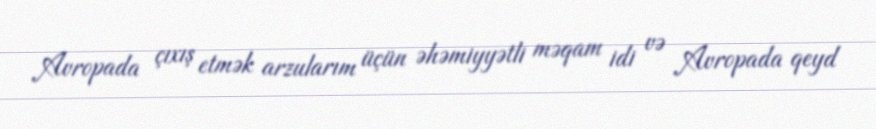
Avropada çıxış etmək arzularım üçün əhəmiyyətli məqam idi və Avropada qeyd